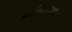
કાઠિયાવાડ